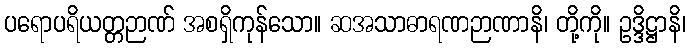
ပရောပရိယတ္တဉာဏ် အစရှိကုန်သော။ ဆအသာဓာရဏဉာဏာနိ၊ တို့ကို။ ဥဒ္ဒိဋ္ဌာနိ၊